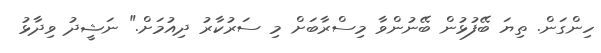
ހިންގަން. ތިޔަ ބޭފުޅުން ބޭނުންވާ މިސްރާބަށް މި ސަރުކާރު ދިއުމަށް." ނަޝީދު ވިދާޅު